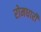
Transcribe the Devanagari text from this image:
रोमधारी